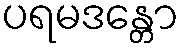
ပရမဒန္တော